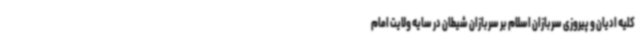
کلیه ادیان و پیروزی سربازان اسلام بر سربازان شیطان در سایه ولایت امام